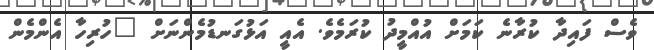
ވެސް ފައިދާ ކުރާނެ ކަމަށް އުއްމީދު ކުރަމެވެ. އެއީ އަޅުގަނޑުމެންނަށް "ހުރިހާ އެންމެން